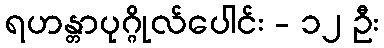
ရဟန္တာပုဂ္ဂိုလ်ပေါင်း - ၁၂ ဦး